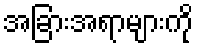
အခြားအရာများကို